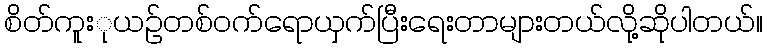
စိတ်ကူးုယဥ်တစ်ဝက်ရောယှက်ပြီးရေးတာများတယ်လို့ဆိုပါတယ်။